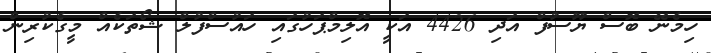
ހިމެނޭ ބޮސް ޔޫސުފް އަދި 4426 އަކީ އޮލިމްޕަހުގައި ހައުސްފުލް ޝޯތަކެއް މީގެކުރިން